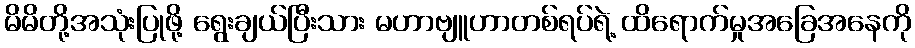
မိမိတို့အသုံးပြုဖို့ ရွေးချယ်ပြီးသား မဟာဗျူဟာတစ်ရပ်ရဲ့ ထိရောက်မှုအခြေအနေကို